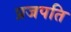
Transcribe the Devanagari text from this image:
प्रजपति